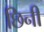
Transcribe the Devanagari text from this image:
छिनी